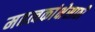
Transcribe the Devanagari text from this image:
महत्वकांक्षेसाठी